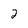
Character: 2